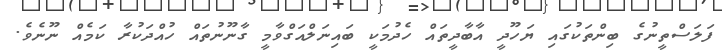
ފަލަސްތީނުގެ ބިންތަކުގައި ޔަހޫދީ އާބާދީތައް ހެދުމަކީ ބައިނަލްއަގްވާމީ ގާނޫނުތައް ހުއްދަކުރާ ކަމެއް ނޫނެވެ.